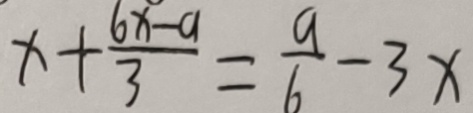
x + \frac { 6 x - 9 } { 3 } = \frac { 9 } { 6 } - 3 x